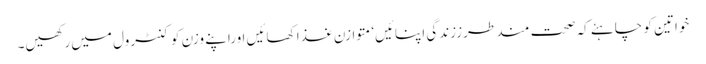
خواتین کو چاہئے کہ صحت مند طرززندگی اپنائیں‘ متوازن غذا کھائیں اوراپنے وزن کو کنٹرول میں رکھیں۔